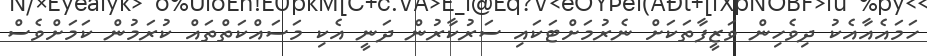
ހަމައެއާއެކު ދިވެހިން ވަޒީފާތަކަށް ނެރުމަށްޓަކައި ސަރުކާރުން ދަނީ އެކި މަސައްކަތްތައް ކުރަމުން ކަމަށްވެސް